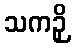
သကဉှိ